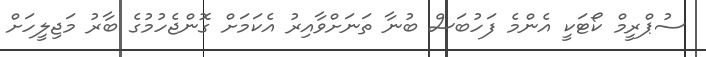
ސުޕްރީމް ކޯޓަކީ އެންމެ ފަހުބަސް ބުނާ ތަނަށްވާއިރު އެކަމަށް ގޮންޖެހުމުގެ ބާރު މަޖިލީހަށް